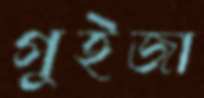
গুইজা